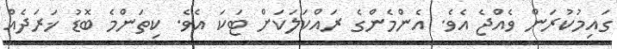
ގައިމުކުރަން ވެއްޖެ އެވެ. އެންމެންގެ ރައްކަލަކަށް ޓަކަ އެވެ. ކިތަންމެ ބޮޑު ޚަރަދެއް